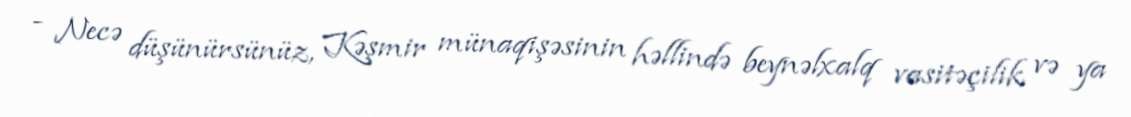
- Necə düşünürsünüz, Kəşmir münaqişəsinin həllində beynəlxalq vasitəçilik və ya